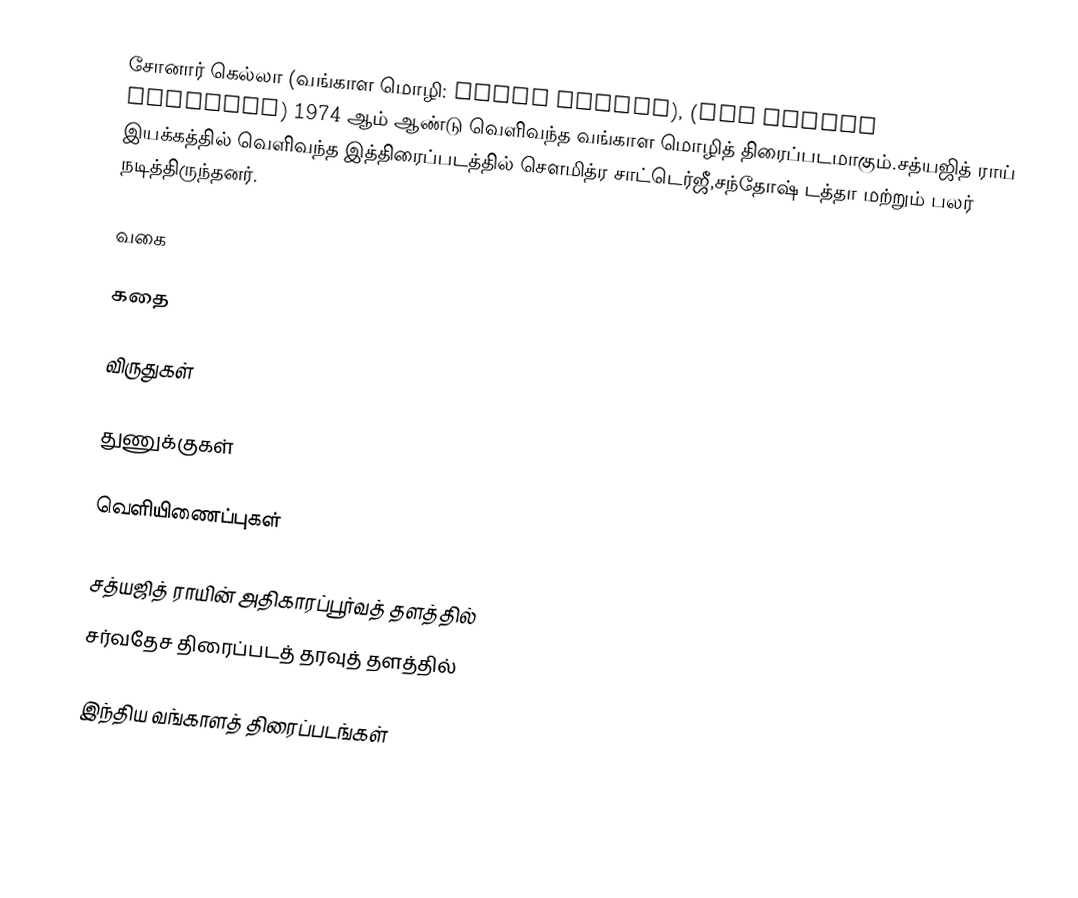
சோனார் கெல்லா (வங்காள மொழி: সোনার কেল্লা),  (The Golden Fortress) 1974 ஆம் ஆண்டு வெளிவந்த வங்காள மொழித் திரைப்படமாகும்.சத்யஜித் ராய் இயக்கத்தில் வெளிவந்த இத்திரைப்படத்தில் சௌமித்ர சாட்டெர்ஜீ,சந்தோஷ் டத்தா மற்றும் பலர் நடித்திருந்தனர்.

வகை

கதை

விருதுகள்

துணுக்குகள்

வெளியிணைப்புகள்

   சத்யஜித் ராயின் அதிகாரப்பூர்வத் தளத்தில்
 சர்வதேச திரைப்படத் தரவுத் தளத்தில்

இந்திய வங்காளத் திரைப்படங்கள்